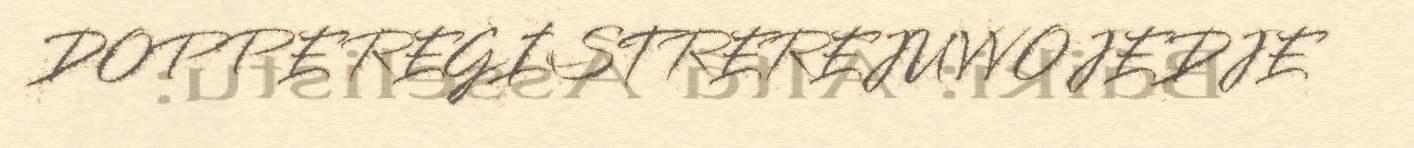
DOPPE REGISTREREJUVVOJEDJE